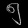
Digit: ၅